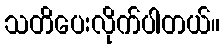
သတိပေးလိုက်ပါတယ်။